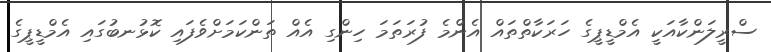
ސްރީލަންކާއަކީ އެމްޑީޕީގެ ހަރަކާތްތައް އެންމެ ފުރަތަމަ ހިންގި އެއް ތަންކަމަށްވެފައި ކޮޅުނބުގައި އެމްޑީޕީގެ